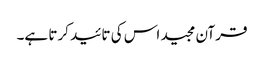
قرآن مجید اس کی تائید کرتا ہے۔